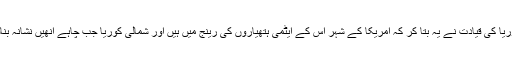
شمالی کوریا کی قیادت نے یہ بتا کر کہ امریکا کے شہر اس کے ایٹمی ہتھیاروں کی رینج میں ہیں اور شمالی کوریا جب چاہے انھیں نشانہ بناسکتا ہے۔